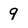
Character: 9